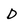
Character: D